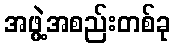
အဖွဲ့အစည်းတစ်ခု